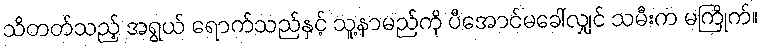
သိတတ်သည့် အရွယ် ရောက်သည်နှင့် သူ့နာမည်ကို ပီအောင်မခေါ်လျှင် သမီးက မကြိုက်။